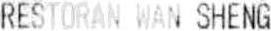
RESTORAN WAN SHENG